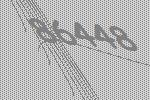
86448